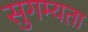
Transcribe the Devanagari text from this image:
सुगम्यता